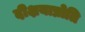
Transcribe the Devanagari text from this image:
दीक्षयाप्नोति